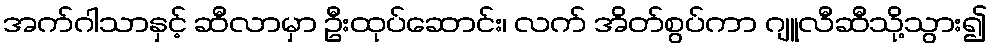
အက်ဂါသာနှင့် ဆီလာမှာ ဦးထုပ်ဆောင်း၊ လက် အိတ်စွပ်ကာ ဂျူလီဆီသို့သွား၍